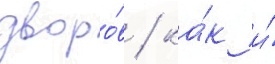
дворо́в / ка́к и́